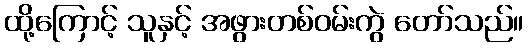
ထို့ကြောင့် သူနှင့် အဖွားတစ်ဝမ်းကွဲ တော်သည်။